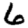
Digit: 6